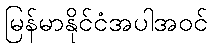
မြန်မာနိုင်ငံအပါအဝင်